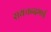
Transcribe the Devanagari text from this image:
रायचन्दभाई